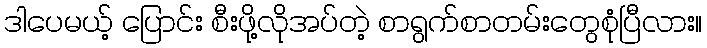
ဒါပေမယ့် ပြောင်း စီးဖို့လိုအပ်တဲ့ စာရွက်စာတမ်းတွေစုံပြီလား။